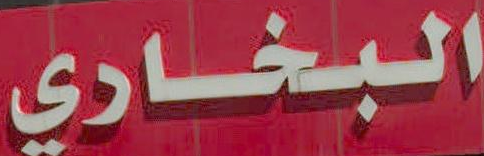
البخاري